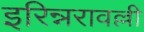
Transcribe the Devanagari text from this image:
इरिन्नरावल्ली